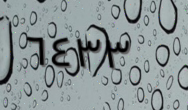
٦٤٣٣